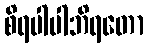
စိရပါပါဘိရတော